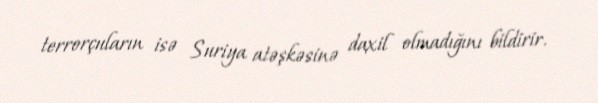
terrorçuların isə Suriya atəşkəsinə daxil olmadığını bildirir.